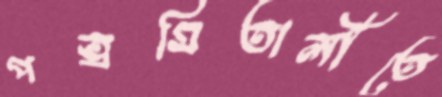
পত্রমিতালীতে